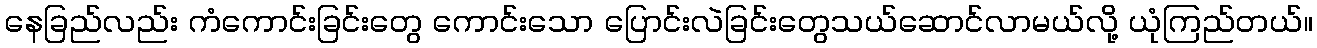
နေခြည်လည်း ကံကောင်းခြင်းတွေ ကောင်းသော ပြောင်းလဲခြင်းတွေသယ်ဆောင်လာမယ်လို့ ယုံကြည်တယ်။